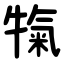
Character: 犔